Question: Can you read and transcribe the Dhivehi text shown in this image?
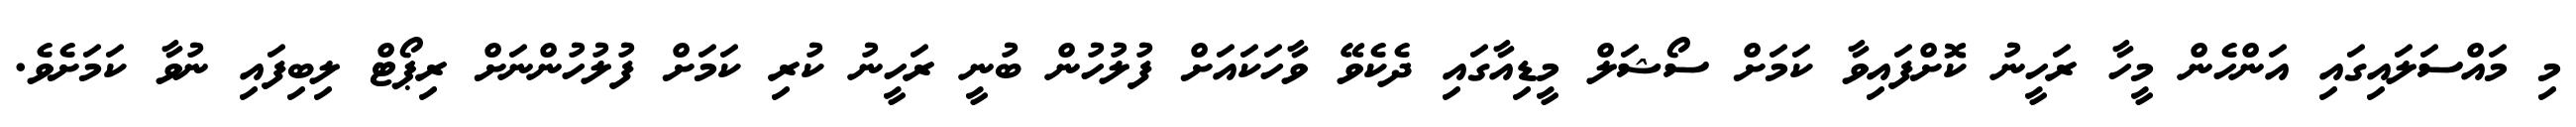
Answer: މި މައްސަލައިގައި އަންހެން މީހާ ރަހީނު ކޮށްފައިވާ ކަމަށް ސޯޝަލް މީޑިއާގައި ދެކެވޭ ވާހަކައަށް ފުލުހުން ބުނީ ރަހީނު ކުރި ކަމަށް ފުލުހުންނަށް ރިޕޯޓް ލިބިފައި ނުވާ ކަމަށެވެ.